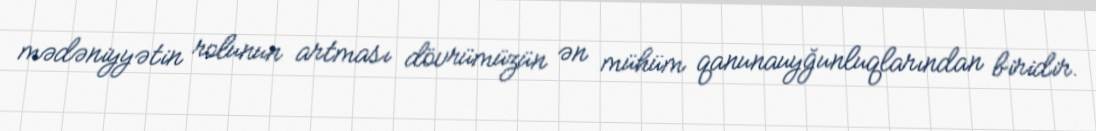
mədəniyyətin rolunun artması dövrümüzün ən mühüm qanunauyğunluqlarından biridir.